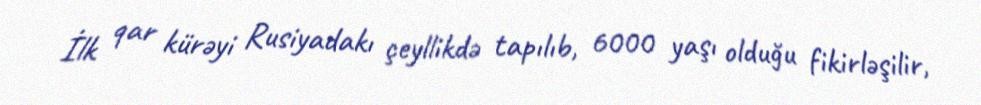
İlk qar kürəyi Rusiyadakı çeyllikdə tapılıb, 6000 yaşı olduğu fikirləşilir,